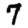
Digit: 7